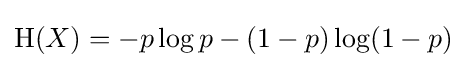
\operatorname {H} (X)=-p\log p-(1-p)\log(1-p)